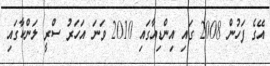
އޭގެ ފަހުން 2008 ގައި އިންޑިއާގައި 2010 ވަނަ އަހަރު ސްރީ ލަންކާގައި